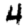
Digit: 4